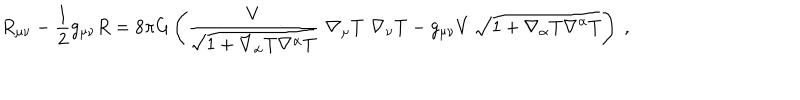
LaTeX: R _ { \mu \nu } - \frac { 1 } { 2 } g _ { \mu \nu } R = 8 \pi G \left( \frac { V } { \sqrt { 1 + \nabla _ { \alpha } T \nabla ^ { \alpha } T } } \, \, \nabla _ { \mu } T \, \, \nabla _ { \nu } T - g _ { \mu \nu } V \, \sqrt { 1 + \nabla _ { \alpha } T \nabla ^ { \alpha } T } \right) \ ,